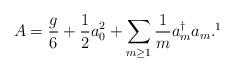
LaTeX: \begin{align*}A={g \over 6}+{1 \over 2}a_{0}^{2}+\sum _{m \geq 1}{1 \over m}a_{m}^{\dagger}a_{m}. \footnote{The operator $A$ in Ref.~9) is different from $A$ ($\ref{A}$) by a factor 6.}\end{align*}